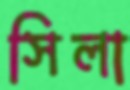
সিলা